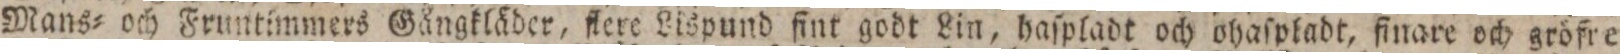
Mans= och Fruntimmers Gångkläder, flere Lispund fint godt Lin, haſpladt och ohaſpladt, finare och gröfre